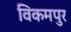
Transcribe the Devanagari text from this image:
विकमपुर